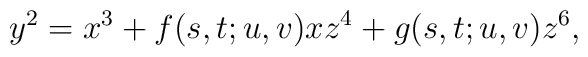
y^2 = x^3 + f(s,t;u,v)xz^4 + g(s,t;u,v)z^6,